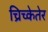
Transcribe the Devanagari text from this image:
च्रिच्केतेर